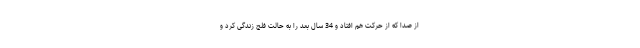
از صدا که از حرکت هم افتاد و 34 سال بعد را به حالت فلج زندگی کرد و